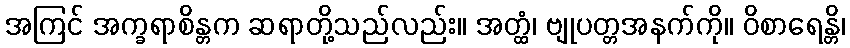
အကြင် အက္ခရာစိန္တက ဆရာတို့သည်လည်း။ အတ္ထံ၊ ဗျုပတ္တအနက်ကို။ ဝိစာရေန္တိ၊